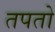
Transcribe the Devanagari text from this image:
तपतो